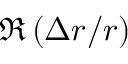
\Re \left( \Delta r / r \right)